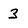
Character: 3